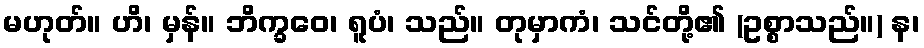
မဟုတ်။ ဟိ၊ မှန်။ ဘိက္ခဝေ၊ ရူပံ၊ သည်။ တုမှာကံ၊ သင်တို့၏ (ဥစ္စာသည်။) န၊